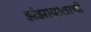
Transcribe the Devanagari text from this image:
झंझावाताची